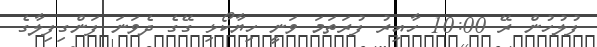
ފުލުހުން ރޭ 10:00 ހާއިރު ފުރަތަމަ ވަނީ ހިޔާކޯޅި ގޭގެ ދެވަނަ ފަންގިފިލާގެ